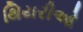
થિયરીઓ